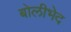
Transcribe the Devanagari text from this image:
बोलीभेद